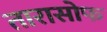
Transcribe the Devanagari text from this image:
तारासोफ